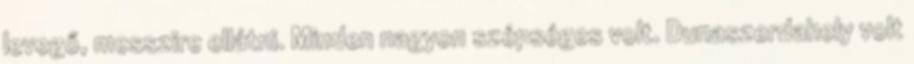
levegő, messzire ellátni. Minden nagyon szépséges volt. Dunaszerdahely volt